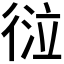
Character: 𢔆